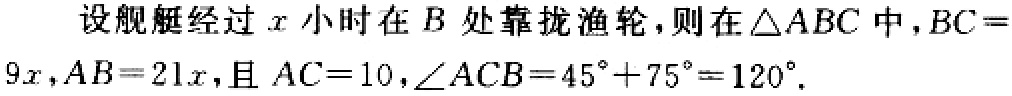
设舰艇经过 \(x\) 小时在 \(B\) 处靠拢渔轮，则在 \(\triangle ABC\) 中，\(BC = 9x\)，\(AB = 21x\)，且 \(AC = 10\)，\(\angle ACB=45^{\circ}+75^{\circ}=120^{\circ}\)。